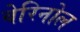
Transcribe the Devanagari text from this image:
वेरिनोल